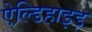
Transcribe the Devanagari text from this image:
ऐल्डिहाइड़